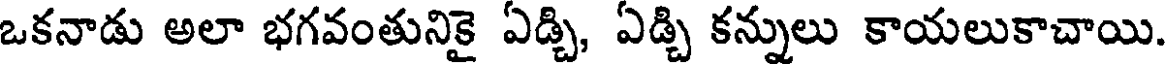
ఒకనాడు అలా భగవంతునికై ఏడ్చి, ఏడ్చి కన్నులు కాయలుకాచాయి.